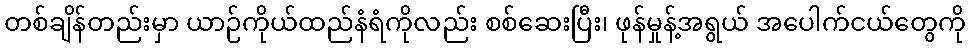
တစ်ချိန်တည်းမှာ ယာဉ်ကိုယ်ထည်နံရံကိုလည်း စစ်ဆေးပြီး၊ ဖုန်မှုန့်အရွယ် အပေါက်ငယ်တွေကို